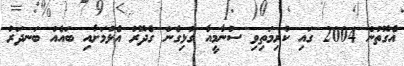
އެގޮތުން 2004 ގައި ކުރިމަތިވި ސުނާމީއާ ގުޅިގެން ގެދޮރު އެޅުމަށާއި ބައެއް ބަނދަރު